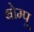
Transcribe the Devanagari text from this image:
बोम्पू